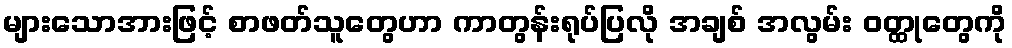
များသောအားဖြင့် စာဖတ်သူတွေဟာ ကာတွန်းရုပ်ပြလို အချစ် အလွမ်း ဝတ္ထုတွေကို